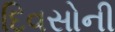
દિવસોની